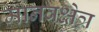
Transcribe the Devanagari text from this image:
मानवक्षेत्र